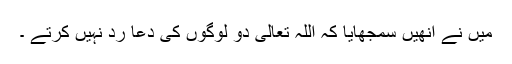
میں نے انھیں سمجھایا کہ اللہ تعالیٰ دو لوگوں کی دعا رد نہیں کرتے ۔